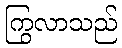
ကြွလာသည်